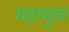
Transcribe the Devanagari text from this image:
महामुळ